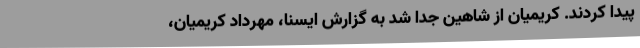
پیدا کردند. کریمیان از شاهین جدا شد به گزارش ایسنا، مهرداد کریمیان،